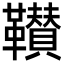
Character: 𩍴